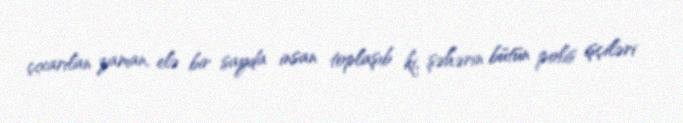
çıxarılan zaman, elə bir sayda insan toplaşıb ki, şəhərin bütün polis işçiləri